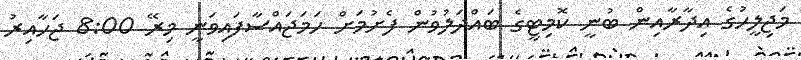
މަޖިލީހުގެ އިދާރާއިން ބުނީ ކޮމިޓީގެ ބައްދަލުވުން ފެށުމަށް ހަމަޖައްސާފައިވަނީ މިރޭ 8:00 ޖަހާއިރު